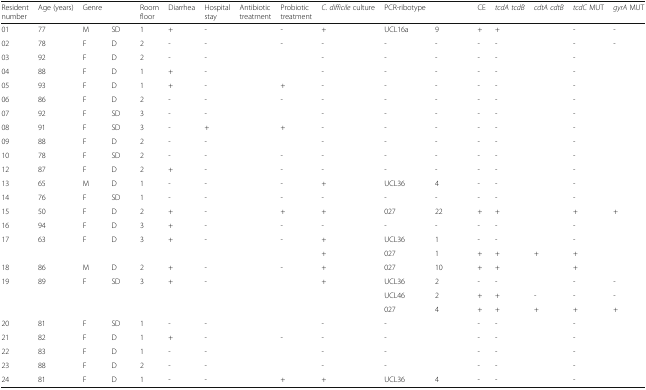
<table><thead><tr><td><b>Resident number</b></td><td><b>Age (years)</b></td><td><b>Genre</b></td><td>[EMPTY_CELL]</td><td><b>Room floor</b></td><td><b>Diarrhea</b></td><td><b>Hospital stay</b></td><td><b>Antibiotic treatment</b></td><td><b>Probiotic treatment</b></td><td><b><i>C. difficile</i> culture</b></td><td><b>PCR-ribotype</b></td><td>[EMPTY_CELL]</td><td><b>CE</b></td><td><b><i>tcdA tcdB</i></b></td><td><b><i>cdtA cdtB</i></b></td><td><b><i>tcdC</i> MUT</b></td><td><b><i>gyrA</i> MUT</b></td></tr></thead><tbody><tr><td>01</td><td>77</td><td>M</td><td>SD</td><td>1</td><td>+</td><td>-</td><td>[EMPTY_CELL]</td><td>-</td><td>+</td><td>UCL16a</td><td>9</td><td>+</td><td>+</td><td>[EMPTY_CELL]</td><td>-</td><td>-</td></tr><tr><td>02</td><td>78</td><td>F</td><td>D</td><td>2</td><td>-</td><td>-</td><td>[EMPTY_CELL]</td><td>-</td><td>-</td><td>-</td><td>-</td><td>-</td><td>-</td><td>[EMPTY_CELL]</td><td>-</td><td>-</td></tr><tr><td>03</td><td>92</td><td>F</td><td>D</td><td>2</td><td>-</td><td>-</td><td>[EMPTY_CELL]</td><td>[EMPTY_CELL]</td><td>-</td><td>-</td><td>-</td><td>-</td><td>-</td><td>[EMPTY_CELL]</td><td>-</td><td>[EMPTY_CELL]</td></tr><tr><td>04</td><td>88</td><td>F</td><td>D</td><td>1</td><td>+</td><td>-</td><td>[EMPTY_CELL]</td><td>[EMPTY_CELL]</td><td>-</td><td>-</td><td>-</td><td>-</td><td>-</td><td>[EMPTY_CELL]</td><td>-</td><td>[EMPTY_CELL]</td></tr><tr><td>05</td><td>93</td><td>F</td><td>D</td><td>1</td><td>+</td><td>-</td><td>[EMPTY_CELL]</td><td>+</td><td>-</td><td>-</td><td>-</td><td>-</td><td>-</td><td>[EMPTY_CELL]</td><td>-</td><td>[EMPTY_CELL]</td></tr><tr><td>06</td><td>86</td><td>F</td><td>D</td><td>2</td><td>-</td><td>-</td><td>[EMPTY_CELL]</td><td>-</td><td>-</td><td>-</td><td>-</td><td>-</td><td>-</td><td>[EMPTY_CELL]</td><td>-</td><td>[EMPTY_CELL]</td></tr><tr><td>07</td><td>92</td><td>F</td><td>SD</td><td>3</td><td>-</td><td>-</td><td>[EMPTY_CELL]</td><td>[EMPTY_CELL]</td><td>-</td><td>-</td><td>-</td><td>-</td><td>-</td><td>[EMPTY_CELL]</td><td>-</td><td>[EMPTY_CELL]</td></tr><tr><td>08</td><td>91</td><td>F</td><td>SD</td><td>3</td><td>-</td><td>+</td><td>[EMPTY_CELL]</td><td>+</td><td>-</td><td>-</td><td>-</td><td>-</td><td>-</td><td>[EMPTY_CELL]</td><td>-</td><td>[EMPTY_CELL]</td></tr><tr><td>09</td><td>88</td><td>F</td><td>D</td><td>2</td><td>-</td><td>-</td><td>[EMPTY_CELL]</td><td>[EMPTY_CELL]</td><td>-</td><td>-</td><td>-</td><td>-</td><td>-</td><td>[EMPTY_CELL]</td><td>-</td><td>[EMPTY_CELL]</td></tr><tr><td>10</td><td>78</td><td>F</td><td>SD</td><td>2</td><td>-</td><td>-</td><td>[EMPTY_CELL]</td><td>-</td><td>-</td><td>-</td><td>-</td><td>-</td><td>-</td><td>[EMPTY_CELL]</td><td>-</td><td>[EMPTY_CELL]</td></tr><tr><td>12</td><td>87</td><td>F</td><td>D</td><td>2</td><td>+</td><td>-</td><td>[EMPTY_CELL]</td><td>-</td><td>-</td><td>-</td><td>-</td><td>-</td><td>-</td><td>[EMPTY_CELL]</td><td>-</td><td>[EMPTY_CELL]</td></tr><tr><td>13</td><td>65</td><td>M</td><td>D</td><td>1</td><td>-</td><td>-</td><td>[EMPTY_CELL]</td><td>-</td><td>+</td><td>UCL36</td><td>4</td><td>-</td><td>-</td><td>[EMPTY_CELL]</td><td>-</td><td>[EMPTY_CELL]</td></tr><tr><td>14</td><td>76</td><td>F</td><td>SD</td><td>1</td><td>-</td><td>-</td><td>[EMPTY_CELL]</td><td>-</td><td>-</td><td>-</td><td>-</td><td>-</td><td>-</td><td>[EMPTY_CELL]</td><td>-</td><td>[EMPTY_CELL]</td></tr><tr><td>15</td><td>50</td><td>F</td><td>D</td><td>2</td><td>+</td><td>-</td><td>[EMPTY_CELL]</td><td>+</td><td>+</td><td>027</td><td>22</td><td>+</td><td>+</td><td>[EMPTY_CELL]</td><td>+</td><td>+</td></tr><tr><td>16</td><td>94</td><td>F</td><td>D</td><td>3</td><td>+</td><td>-</td><td>[EMPTY_CELL]</td><td>-</td><td>-</td><td>-</td><td>-</td><td>-</td><td>-</td><td>[EMPTY_CELL]</td><td>-</td><td>[EMPTY_CELL]</td></tr><tr><td rowspan="2">17</td><td rowspan="2">63</td><td rowspan="2">F</td><td rowspan="2">D</td><td rowspan="2">3</td><td rowspan="2">+</td><td rowspan="2">-</td><td rowspan="2">[EMPTY_CELL]</td><td rowspan="2">-</td><td>+</td><td>UCL36</td><td>1</td><td>-</td><td>-</td><td>[EMPTY_CELL]</td><td>-</td><td>[EMPTY_CELL]</td></tr><tr><td>+</td><td>027</td><td>1</td><td>+</td><td>+</td><td>+</td><td>+</td><td>[EMPTY_CELL]</td></tr><tr><td>18</td><td>86</td><td>M</td><td>D</td><td>2</td><td>+</td><td>-</td><td>[EMPTY_CELL]</td><td>-</td><td>+</td><td>027</td><td>10</td><td>+</td><td>+</td><td>[EMPTY_CELL]</td><td>+</td><td>[EMPTY_CELL]</td></tr><tr><td rowspan="3">19</td><td rowspan="3">89</td><td rowspan="3">F</td><td rowspan="3">SD</td><td rowspan="3">3</td><td rowspan="3">+</td><td rowspan="3">-</td><td rowspan="3">[EMPTY_CELL]</td><td rowspan="3">[EMPTY_CELL]</td><td rowspan="3">+</td><td>UCL36</td><td>2</td><td>-</td><td>-</td><td>[EMPTY_CELL]</td><td>-</td><td>-</td></tr><tr><td>UCL46</td><td>2</td><td>+</td><td>+</td><td>-</td><td>-</td><td>-</td></tr><tr><td>027</td><td>4</td><td>+</td><td>+</td><td>+</td><td>+</td><td>+</td></tr><tr><td>20</td><td>81</td><td>F</td><td>SD</td><td>1</td><td>-</td><td>-</td><td>[EMPTY_CELL]</td><td>[EMPTY_CELL]</td><td>-</td><td>-</td><td>[EMPTY_CELL]</td><td>-</td><td>-</td><td>[EMPTY_CELL]</td><td>-</td><td>[EMPTY_CELL]</td></tr><tr><td>21</td><td>82</td><td>F</td><td>D</td><td>1</td><td>+</td><td>-</td><td>[EMPTY_CELL]</td><td>-</td><td>-</td><td>-</td><td>[EMPTY_CELL]</td><td>-</td><td>-</td><td>[EMPTY_CELL]</td><td>-</td><td>[EMPTY_CELL]</td></tr><tr><td>22</td><td>83</td><td>F</td><td>D</td><td>1</td><td>-</td><td>-</td><td>[EMPTY_CELL]</td><td>[EMPTY_CELL]</td><td>-</td><td>-</td><td>[EMPTY_CELL]</td><td>-</td><td>-</td><td>[EMPTY_CELL]</td><td>-</td><td>[EMPTY_CELL]</td></tr><tr><td>23</td><td>88</td><td>F</td><td>D</td><td>2</td><td>-</td><td>-</td><td>[EMPTY_CELL]</td><td>[EMPTY_CELL]</td><td>-</td><td>-</td><td>[EMPTY_CELL]</td><td>-</td><td>-</td><td>[EMPTY_CELL]</td><td>-</td><td>[EMPTY_CELL]</td></tr><tr><td>24</td><td>81</td><td>F</td><td>D</td><td>1</td><td>-</td><td>-</td><td>[EMPTY_CELL]</td><td>+</td><td>+</td><td>UCL36</td><td>4</td><td>-</td><td>-</td><td>[EMPTY_CELL]</td><td>-</td><td>[EMPTY_CELL]</td></tr></tbody></table>